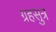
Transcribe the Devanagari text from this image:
ग्रहसुत्र